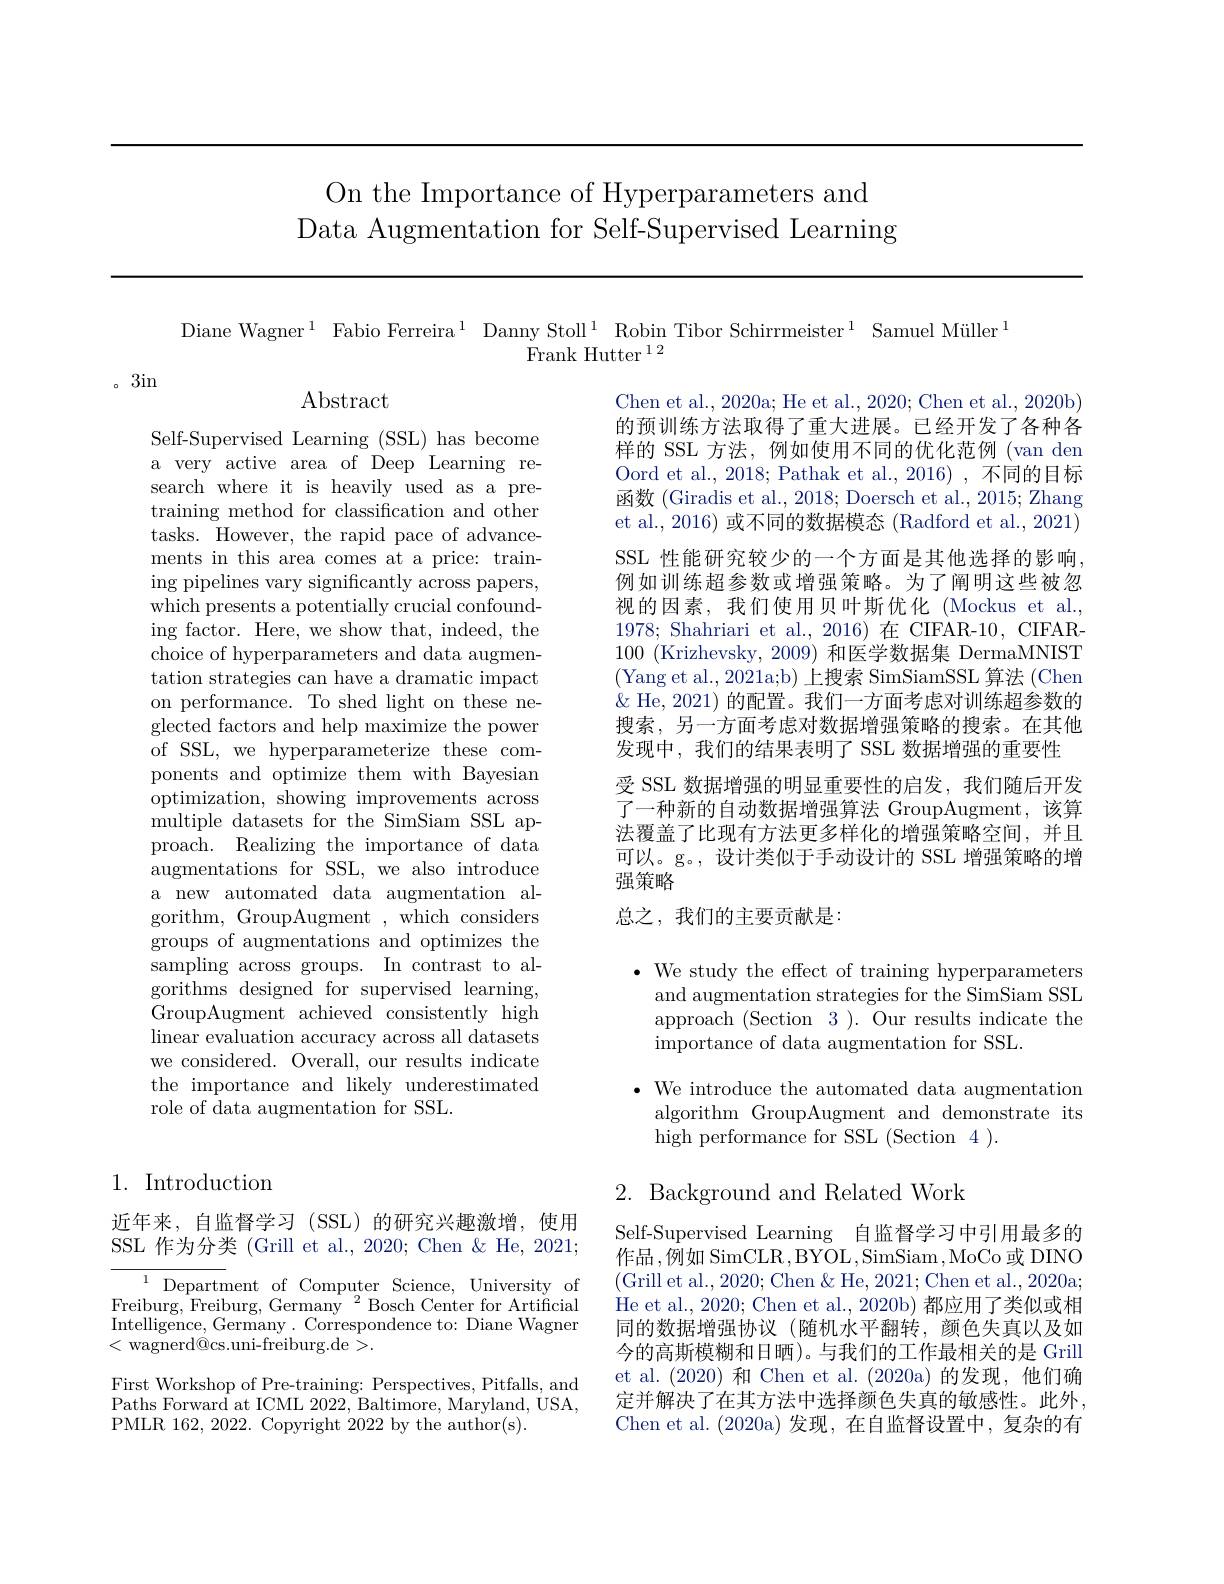
On the Importance of Hyperparameters and
Data Augmentation for Self-Supervised Learning

Diane Wagner$^1$ Fabio Ferreira$^1$ Danny Stoll$^1$ Robin Tibor Schirrmeister$^1$ Samuel Müller$^1$
${\tilde{\mathrm{Frank~Hutter~}}^{12}}$

。3in

$\operatorname{Abstract}$

Self-Supervised Learning (SSL) has become a very active area of Deep Learning research where it is heavily used as a pretraining method for classification and other tasks. However, the rapid pace of advancements in this area comes at a price: training pipelines vary significantly across papers, which presents a potentially crucial confounding factor. Here, we show that, indeed, the choice of hyperparameters and data augmentation strategies can have a dramatic impact on performance. To shed light on these neglected factors and help maximize the power of SSL, we hyperparameterize these components and optimize them with Bayesian optimization, showing improvements across multiple datasets for the SimSiam SSL approach. Realizing the importance of data augmentations for SSL, we also introduce a new automated data augmentation algorithm, GroupAugment ,which considers groups of augmentations and optimizes the sampling across groups. In contrast to algorithms designed for supervised learning, GroupAugment achieved consistently high linear evaluation accuracy across all datasets we considered. Overall, our results indicate the importance and likely underestimated role of data augmentation for SSL.

1. Introduction

近年来，自监督学习(SSL)的研究兴趣激增，使用SSL 作为分类 (Grill et al., 2020; Chen & He, 2021;

$\overset{1}{\operatorname*{\text{Department of Computer Science, University of}}}$ Freiburg, Freiburg, Germany $^{2}$ Bosch Center for Artificial Intelligence, Germany. Correspondence to: Diane Wagner <wagnerd@cs.uni-freiburg.de>.

First Workshop of Pre-training: Perspectives, Pitfalls, and Paths Forward at ICML 2022, Baltimore, Maryland, USA, PMLR 162, 2022. Copyright 2022 by the author(s).

Chen et al., 2020a; He et al., 2020; Chen et al., 2020b) 的预训练方法取得了重大进展。已经开发了各种各样的 SSL 方法，例如使用不同的优化范例 (van den Oord et al., 2018; Pathak et al., 2016) , 不同的目标函数 (Giradis et al., 2018; Doersch et al., 2015; Zhang et al., 2016) 或不同的数据模态 (Radford et al., 2021) SSL 性能研究较少的一个方面是其他选择的影响， 例如训练超参数或增强策略。为了阐明这些被忽视的因素，我们使用贝叶斯优化(Mockus et al., 1978; Shahriari et al., 2016)在 CIFAR-10, CIFAR- 100 (Krizhevsky, 2009) 和医学数据集 DermaMNIST (Yang et al., 2021a;b) 上搜索 SimSiamSSL 算法 (Chen $\&$ He, 2021) 的配置。我们一方面考虑对训练超参数的搜索，另一方面考虑对数据增强策略的搜索。在其他发现中，我们的结果表明了 SSL 数据增强的重要性
受 SSL 数据增强的明显重要性的启发，我们随后开发了一种新的自动数据增强算法 GroupAugment,该算法覆盖了比现有方法更多样化的增强策略空间，并且可以。g。,设计类似于手动设计的 SSL 增强策略的增强策略
总之，我们的主要贡献是：

$\cdot$ We study the effect of training hyperparameters
and augmentation strategies for the SimSiam SSL approach (Section 3 ). Our results indicate the importance of data augmentation for SSL.

$\bullet$ We introduce the automated data augmentation
algorithm GroupAugment and demonstrate its
high performance for SSL (Section 4 ).

## 2. Background and Related Work

Self-Supervised Learning 自监督学习中引用最多的作品 ,例如 SimCLR ,BYOL,SimSiam,MoCo 或 DINO (Grill et al., 2020; Chen & He, 2021; Chen et al., 2020a; He et al. , 2020; Chen et al. , 2020b) 都应用了类似或相同的数据增强协议(随机水平翻转，颜色失真以及如今的高斯模糊和日晒)。与我们的工作最相关的是 Grill et al.(2020)和 Chen et al.(2020a)的发现，他们确定并解决了在其方法中选择颜色失真的敏感性。此外， Chen et al. (2020a)发现，在自监督设置中，复杂的有